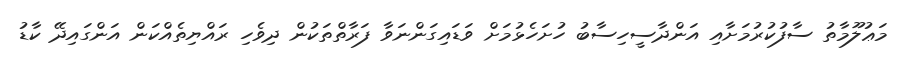
މަޢުލޫމާތު ސާފުކުރުމަށާއި އަންދާސީހިސާބު ހުށަހެޅުމަށް ވަޑައިގަންނަވާ ފަރާތްތަކުން ދިވެހި ރައްޔިތެއްކަން އަންގައިދޭ ކާޑު